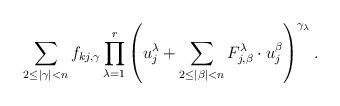
LaTeX: \begin{align*}\sum_{2\leq |\gamma|<n}f_{kj, \gamma}\prod_{\lambda=1}^r\left(u_j^\lambda+\sum_{2\leq |\beta|<n}F_{j, \beta}^\lambda\cdot u_j^\beta\right)^{\gamma_\lambda}. \end{align*}